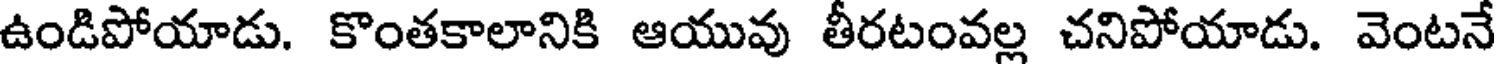
ఉండిపోయాడు. కొంతకాలానికి ఆయువు తీరటంవల్ల చనిపోయాడు. వెంటనే